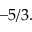
- 5 / 3 .